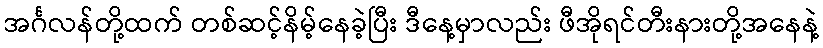
အင်္ဂလန်တို့ထက် တစ်ဆင့်နိမ့်နေခဲ့ပြီး ဒီနေ့မှာလည်း ဖီအိုရင်တီးနားတို့အနေနဲ့